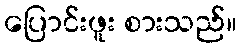
ပြောင်းဖူး စားသည်။